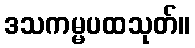
ဒသကမ္မပထသုတ်။